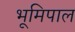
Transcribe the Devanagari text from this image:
भूमिपाल